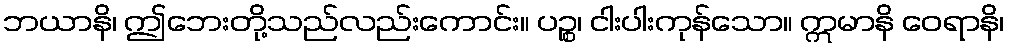
ဘယာနိ၊ ဤဘေးတို့သည်လည်းကောင်း။ ပဉ္စ၊ ငါးပါးကုန်သော။ ဣမာနိ ဝေရာနိ၊